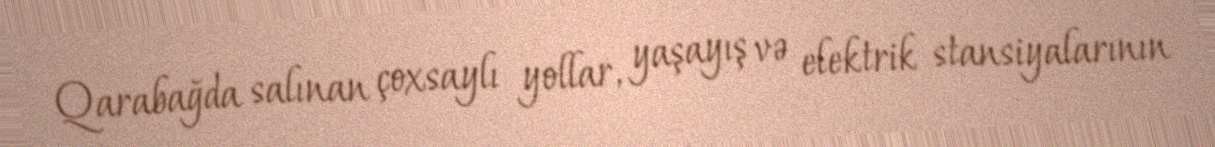
Qarabağda salınan çoxsaylı yollar, yaşayış və elektrik stansiyalarının